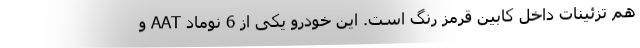
هم تزئینات داخل کابین قرمز رنگ است. این خودرو یکی از 6 نوماد AAT و